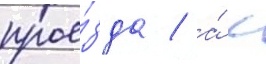
прое́зда / а́ с